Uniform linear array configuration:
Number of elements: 4
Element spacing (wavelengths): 1
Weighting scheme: hann
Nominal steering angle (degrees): -30
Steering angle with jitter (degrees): -31.733
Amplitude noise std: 0.05
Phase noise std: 0.05

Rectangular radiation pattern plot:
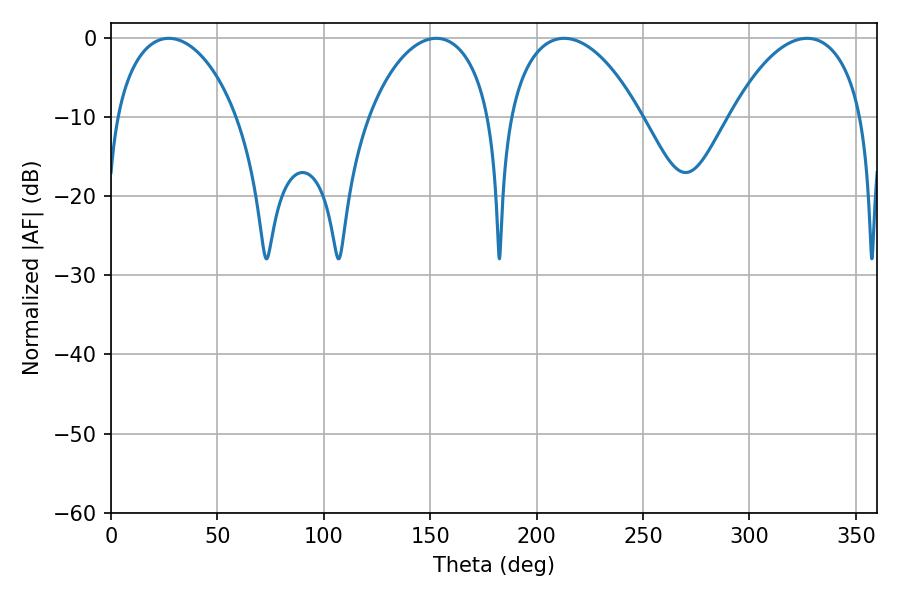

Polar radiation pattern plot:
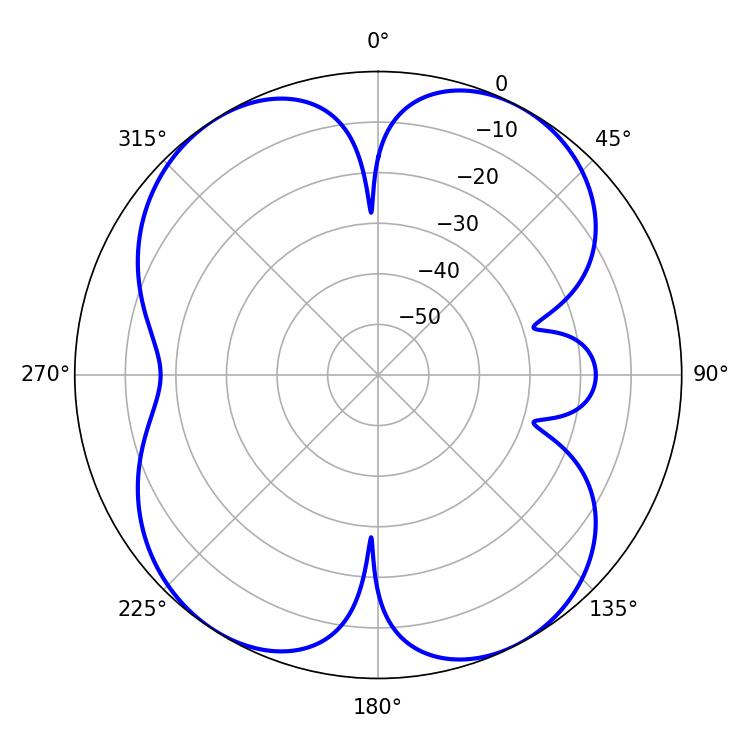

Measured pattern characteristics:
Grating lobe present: TRUE
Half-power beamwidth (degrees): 32.76
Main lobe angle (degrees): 27.18